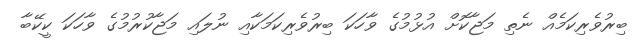
ބިރުވެރިކަމެއް ނެތި މަޖާކޮށް އުޅުމުގެ ވާހަކަ ބިރުވެރިކަމަކާއި ނުލައި މަޖާކުރުމުގެ ވާހަކަ ކީކޭބާ